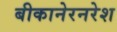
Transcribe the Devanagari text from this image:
बीकानेरनरेश